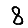
Digit: 8